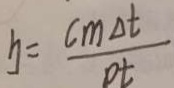
y = \frac { c m \Delta t } { D t }